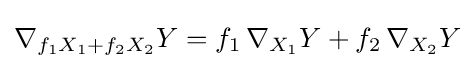
\nabla _{f_{1}X_{1}+f_{2}X_{2}}Y=f_{1}\,\nabla _{X_{1}}Y+f_{2}\,\nabla _{X_{2}}Y